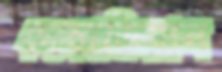
কম্বোডিয়ান